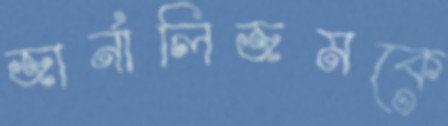
জার্নালিজমকে